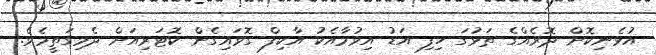
އުޅެނިކޮށް ދޮރެއްގެ ތަޅުގަ ހިފި އަޑު އިވުމާއެކު އާކިފް ގޮވައިގެން ކޮޓަރިއަށް ދެމިގަތީމެވެ.